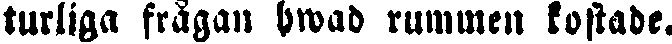
turliga frågan hwad rummen kostade.